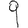
Digit: 9